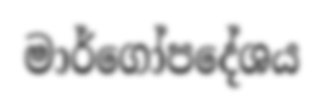
මාර්ගෝපදේශය